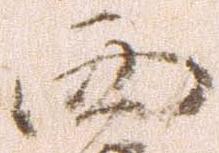
西